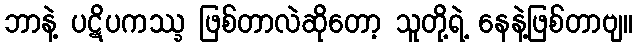
ဘာနဲ့ ပဋိပကဿ္ခ ဖြစ်တာလဲဆိုတော့ သူတို့ရဲ့ နေနဲ့ဖြစ်တာဗျ။